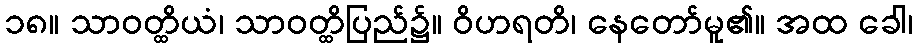
၁၈။ သာဝတ္ထိယံ၊ သာဝတ္ထိပြည်၌။ ဝိဟရတိ၊ နေတော်မူ၏။ အထ ခေါ၊